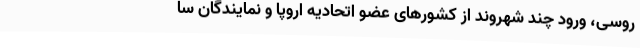
روسی، ورود چند شهروند از کشورهای عضو اتحادیه اروپا و نمایندگان سا